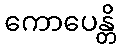
ကောပေန္တိ